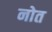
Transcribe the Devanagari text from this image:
नोत